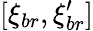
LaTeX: [\xi_{br},\xi_{br}^{\prime}]